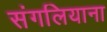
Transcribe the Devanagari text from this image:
संगलियाना